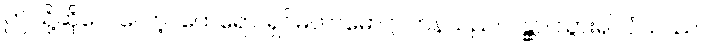
ဤသို့ဆိုလေလော့။ ထေရော၊ ရှင်မဟာမောဂ္ဂလာန်သည်။ ဂန္တွာ၊ သွား၍။ ဝံသဿ၊